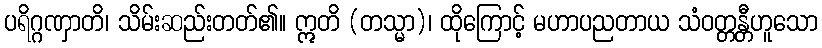
ပရိဂ္ဂဏှာတိ၊ သိမ်းဆည်းတတ်၏။ ဣတိ (တသ္မာ)၊ ထိုကြောင့် မဟာပညတာယ သံဝတ္တန္တီဟူသော